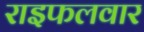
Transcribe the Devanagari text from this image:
राइफलवार